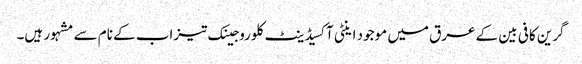
گرین کافی بین کے عرق میں موجود اینٹی آکسیڈینٹ کلوروجینک تیزاب کے نام سے مشہور ہیں۔